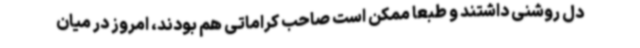
دل روشنی داشتند و طبعا ممکن است صاحب کراماتی هم بودند، امروز در میان